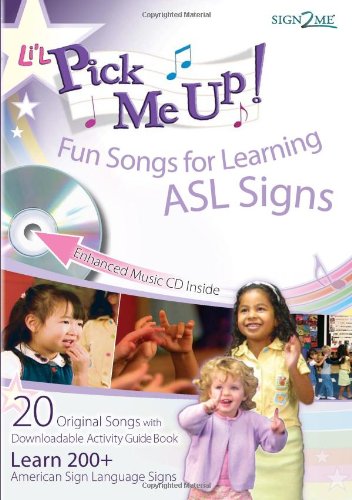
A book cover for Li'L Pick Me Up! Fun Songs for Learning Signs (ASL) Baby Sign Language (Enhanced CD with both Printed and Downloadable ASL Activity Guide); Sign2Me Early Learning; Reference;